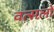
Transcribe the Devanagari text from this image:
वत्सलो